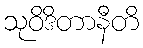
သုဝိဒိတာနီတိ